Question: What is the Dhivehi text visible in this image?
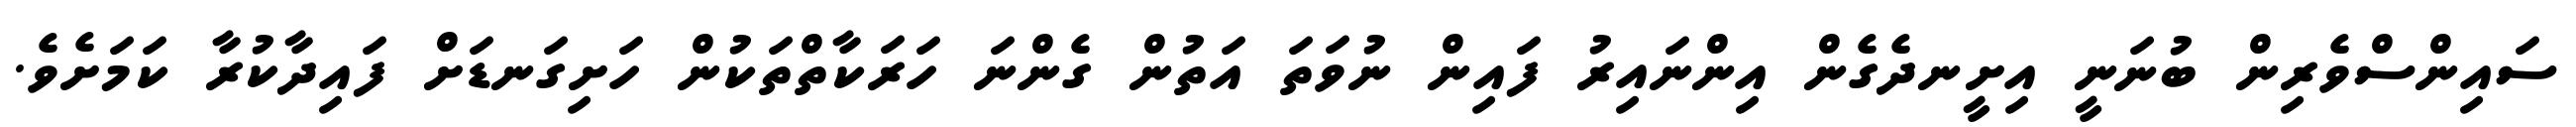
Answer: ސައިންސްވެރިން ބުނަނީ އިށީނދެގެން އިންނައިރު ފައިން ނުވަތަ އަތުން ގެންނަ ހަރަކާތްތަކުން ހަށިގަނޑަށް ފައިދާކުރާ ކަމަށެވެ.